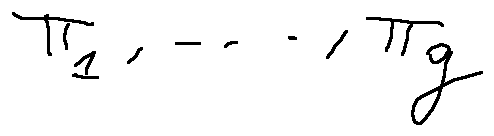
\pi _ { 1 } , \ldots , \pi _ { g }